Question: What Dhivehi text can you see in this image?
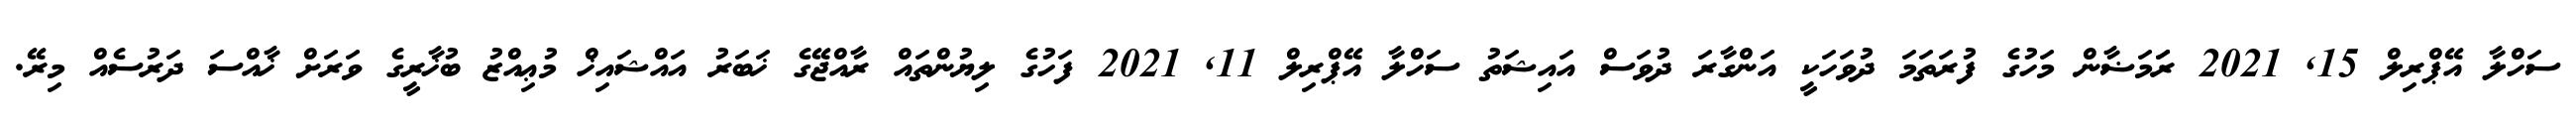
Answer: ސަހްލާ އޭޕްރިލް 15, 2021 ރަަމަޟާން މަހުގެ ފުރަތަމަ ދުވަހަކީ އަންގާރަ ދުވަސް އައިޝަތު ސަހްލާ އޭޕްރިލް 11, 2021 ފަހުގެ ލިޔުންތައް ރާއްޖޭގެ ޚަބަރު އައްޝައިޚް މުޢިއްޒު ބުޚާރީގެ ވަރަށް ޚާއްސަ ދަރުސެއް މިރޭ.